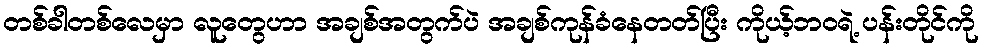
တစ်ခါတစ်လေမှာ လူတွေဟာ အချစ်အတွက်ပဲ အချစ်ကုန်ခံနေတတ်ပြီး ကိုယ့်ဘဝရဲ့ ပန်းတိုင်ကို